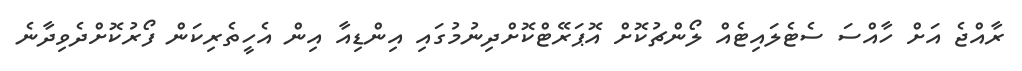
ރާއްޖެ އަށް ހާއްސަ ސެޓެލައިޓެއް ލޯންޗުކޮށް އޮޕަރޭޓްކޮށްދިނުމުގައި އިންޑިއާ އިން އެހީތެރިކަން ފޯރުކޮށްދެވިދާނެ